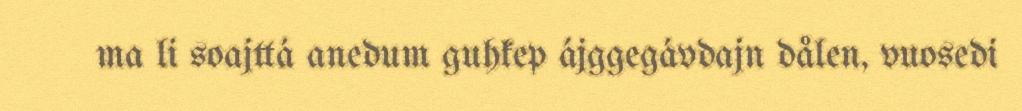
ma li soajttá anedum guhkep ájggegávdajn dålen, vuosedi